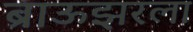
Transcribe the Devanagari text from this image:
ब्राऊझरला